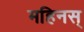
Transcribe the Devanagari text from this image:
महिनस्